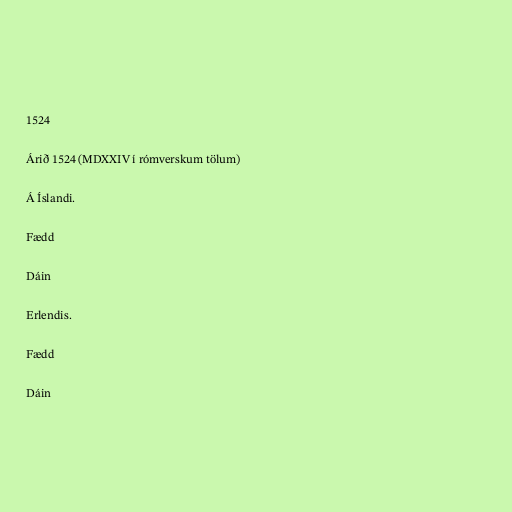
1524

Árið 1524 (MDXXIV í rómverskum tölum)

Á Íslandi.

Fædd

Dáin

Erlendis.

Fædd

Dáin